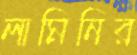
লামিনির